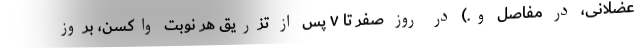
عضلانی، در مفاصل و.) در روز صفر تا ۷ پس از تزریق هر نوبت واکسن، بروز